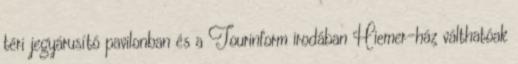
téri jegyárusító pavilonban és a Tourinform irodában Hiemer-ház válthatóak